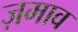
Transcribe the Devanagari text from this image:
ज़माव